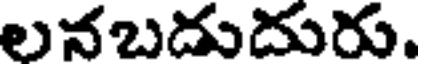
లనబదుదురు.